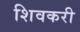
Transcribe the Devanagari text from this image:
शिवकरी